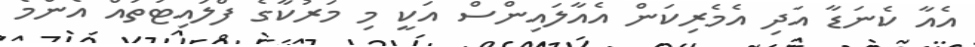
އެއާ ކެނަޑާ އަދި އެމެރިކަން އެއާލައިންސް އަކީ މި މަރުކާގެ ފްލައިޓުތައް އެންމެ